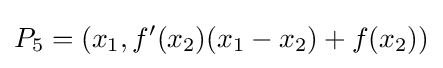
P_{5}=(x_{1},f'(x_{2})(x_{1}-x_{2})+f(x_{2}))